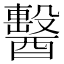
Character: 𨣗